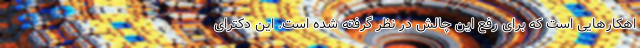
اهکارهایی است که برای رفع این چالش در نظر گرفته شده است. این دکترای